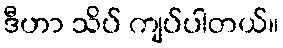
ဒီဟာ သိပ် ကျပ်ပါတယ်။